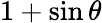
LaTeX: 1+\sin\theta